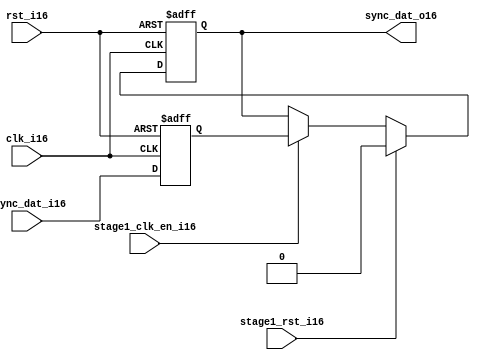
module uart_sync_flops16
(
  // internal signals16
  rst_i16,
  clk_i16,
  stage1_rst_i16,
  stage1_clk_en_i16,
  async_dat_i16,
  sync_dat_o16
);

parameter Tp16            = 1;
parameter width         = 1;
parameter init_value16    = 1'b0;

input                           rst_i16;                  // reset input
input                           clk_i16;                  // clock16 input
input                           stage1_rst_i16;           // synchronous16 reset for stage16 1 FF16
input                           stage1_clk_en_i16;        // synchronous16 clock16 enable for stage16 1 FF16
input   [width-1:0]             async_dat_i16;            // asynchronous16 data input
output  [width-1:0]             sync_dat_o16;             // synchronous16 data output


//
// Interal16 signal16 declarations16
//

reg     [width-1:0]             sync_dat_o16;
reg     [width-1:0]             flop_016;


// first stage16
always @ (posedge clk_i16 or posedge rst_i16)
begin
    if (rst_i16)
        flop_016 <= #Tp16 {width{init_value16}};
    else
        flop_016 <= #Tp16 async_dat_i16;    
end

// second stage16
always @ (posedge clk_i16 or posedge rst_i16)
begin
    if (rst_i16)
        sync_dat_o16 <= #Tp16 {width{init_value16}};
    else if (stage1_rst_i16)
        sync_dat_o16 <= #Tp16 {width{init_value16}};
    else if (stage1_clk_en_i16)
        sync_dat_o16 <= #Tp16 flop_016;       
end

endmodule